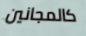
كالمجانين